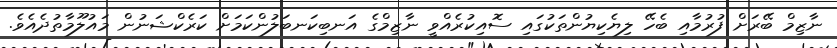
ނާޒިމް ބޭރަށް ފުރުމާއި ބެހޭ ލިޔެކިޔުންތަކުގައި ސޮއިކުރެެއްވީ ނާޒިމްގެ އަނބިކަނބަލުންކަމަށް ކަރެކްޝަނުން މައުލޫމާތުދެއެވެ.